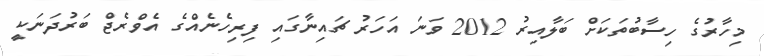
މިހާރުގެ ހިސާބުތަކަށް ބަލާއިރު 2012 ވަނަ އަހަރު ޗައިނާގައި ފިރިހެނެއްގެ އެވްރެޖް ބަރުދަނަކީ